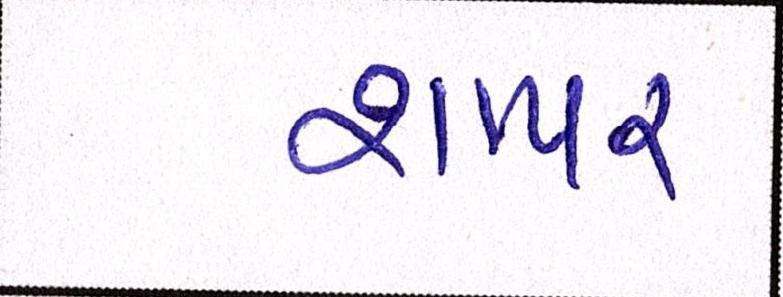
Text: શાપર